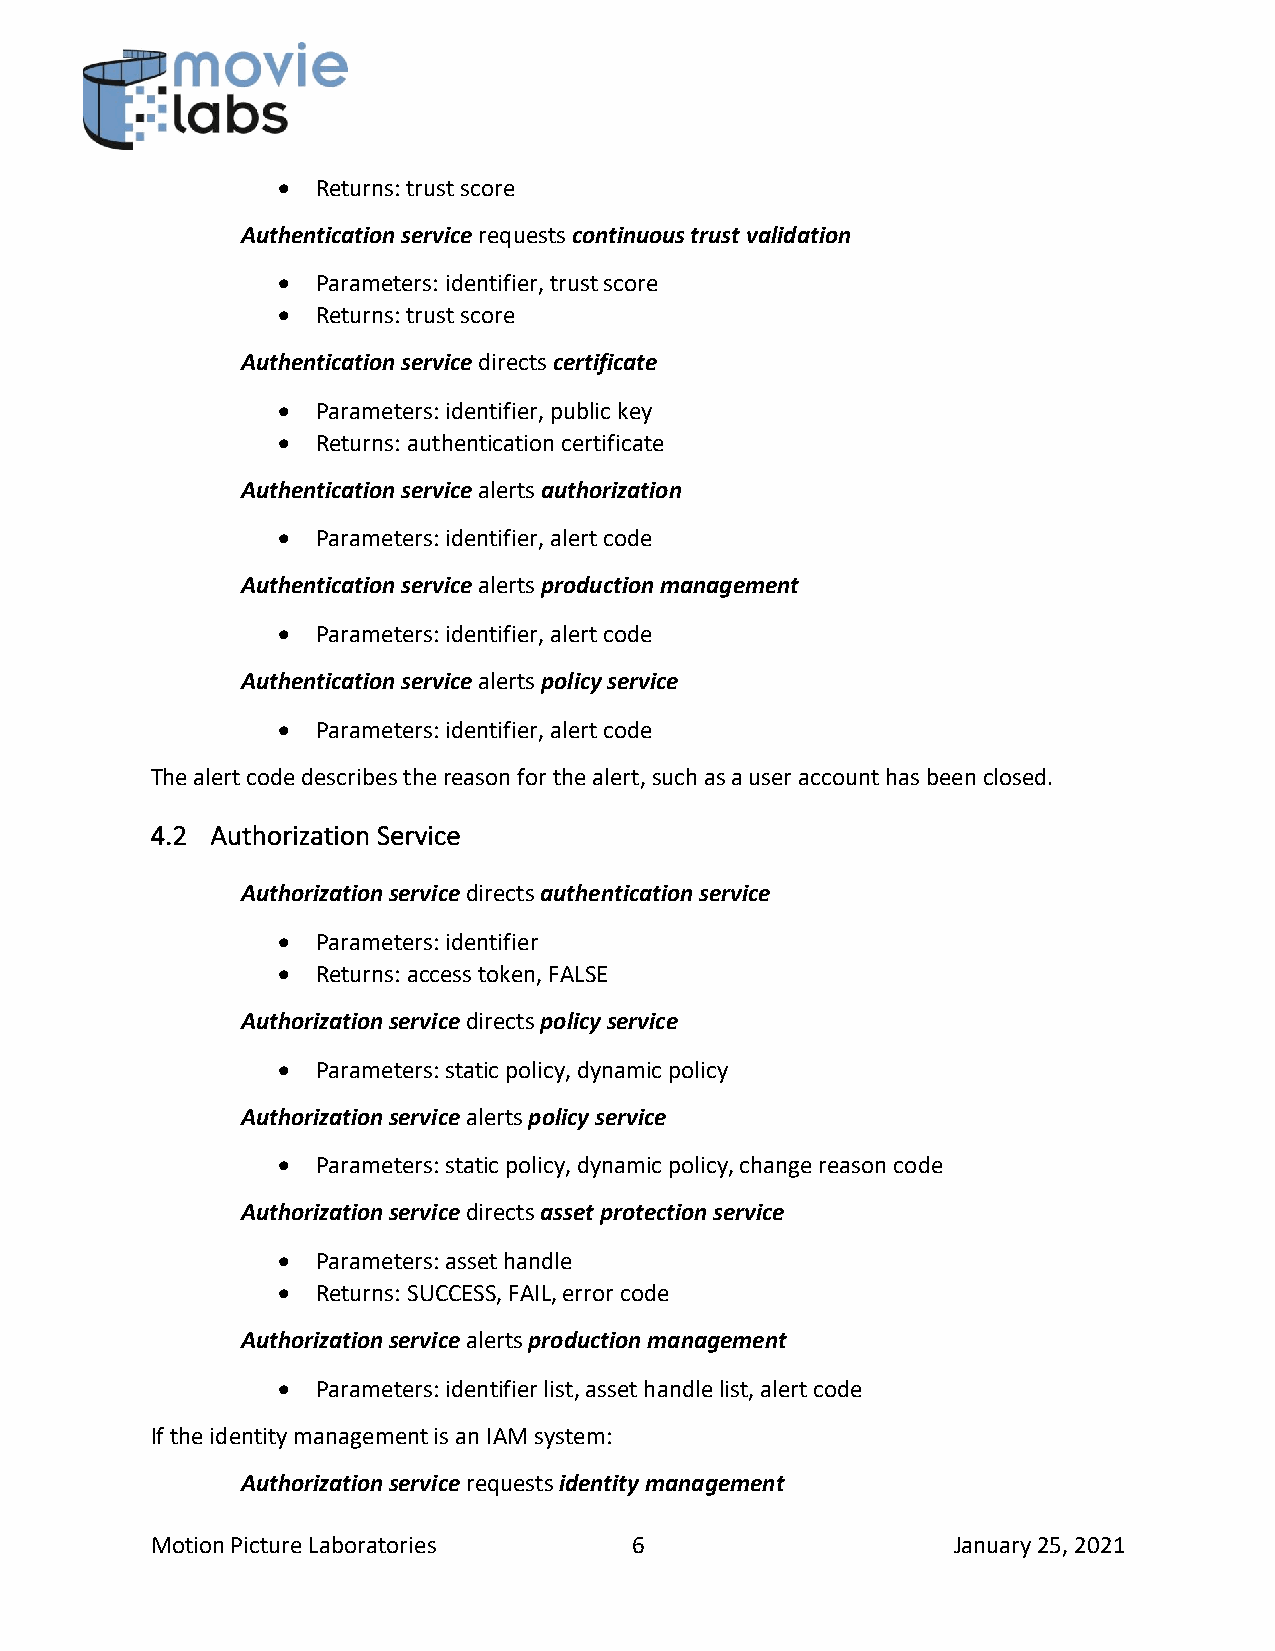
•  Returns: trust score
 Authentication service requests continuous trust validation
 •  Parameters: identifier, trust score
 •  Returns: trust score
 Authentication service directs certificate
 •  Parameters: identifier, public key
 •  Returns: authentication certificate
 Authentication service alerts authorization
 •  Parameters: identifier, alert code
 Authentication service alerts production management
 •  Parameters: identifier, alert code
 Authentication service alerts policy service
 •  Parameters: identifier, alert code
 The alert code describes the reason for the alert, such as a user account has been closed.
 4.2 Authorization Service
 Authorization service directs authentication service
 •  Parameters: identifier
 •  Returns: access token, FALSE
 Authorization service directs policy service
 •  Parameters: static policy, dynamic policy
 Authorization service alerts policy service
 •  Parameters: static policy, dynamic policy, change reason code
 Authorization service directs asset protection service
 •  Parameters: asset handle
 •  Returns: SUCCESS, FAIL, error code
 Authorization service alerts production management
 •  Parameters: identifier list, asset handle list, alert code
 If the identity management is an IAM system:
 Authorization service requests identity management
 Motion Picture Laboratories     6                    January 25, 2021